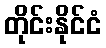
တိုင်းနိုင်ငံ